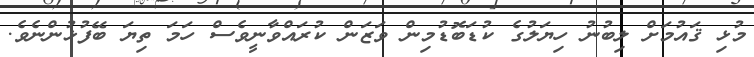
މުޅި ޤައުމަށް ލިބުނު ހިޔަލުގެ ކުޑަބޮޑުމިން ވަޒަން ކުރައްވާނީވެސް ހަމަ ތިޔަ ބޭފުޅުންނެވެ.